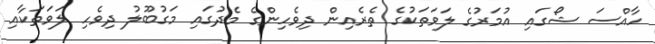
ހާއްސަ ޝޯގައި އުމަރުގެ ލަވަތަކުގެ ތެރެއިން ދިވެހިންގެ މެދުގައި މަގުބޫލު ދިވެހި ލަވަތަކާއި